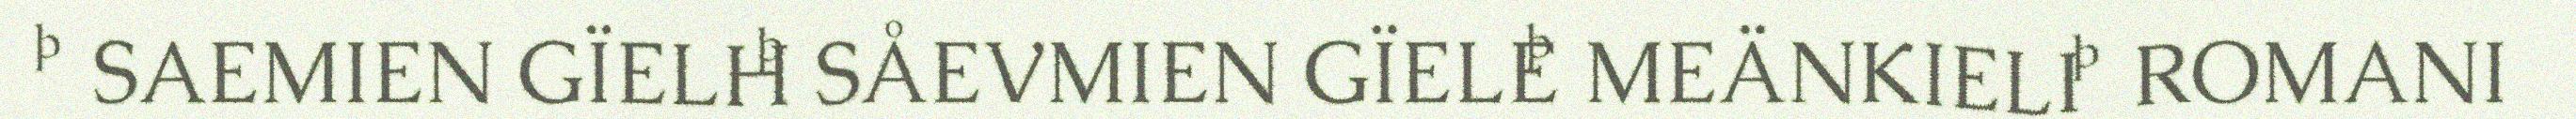
 SAEMIEN GÏELH SÅEVMIEN GÏELE MEÄNKIELI  ROMANI